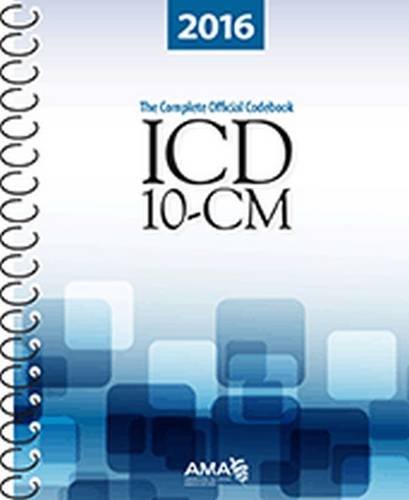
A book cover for ICD-10-CM 2016: The Complete Official Draft Code Set (Icd-10-Cm the Complete Official Codebook); American Medical Association; Medical Books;